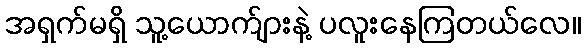
အရှက်မရှိ သူ့ယောက်ျားနဲ့ ပလူးနေကြတယ်လေ။